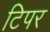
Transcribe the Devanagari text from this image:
टिपर